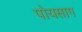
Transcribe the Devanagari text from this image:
पोयसाग